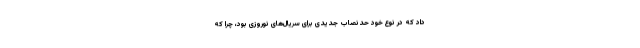
داد که در نوع خود حدنصاب جدیدی برای سریال‌های نوروزی بود، چرا که